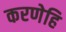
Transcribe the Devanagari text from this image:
करणेहि